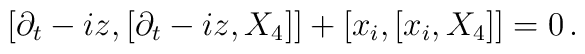
[\partial_t-iz,[\partial_t-iz,X_4]]+  [x_i,[x_i,X_4]]=0 \,.